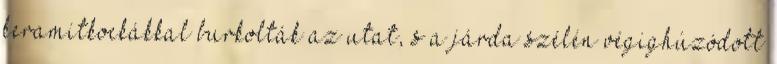
keramitkockákkal burkolták az utat, s a járda szélén végighúzódott